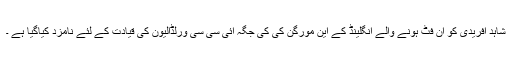
شاہد آفریدی کو ان فٹ ہونے والے انگلینڈ کے این مورگن کی کی جگہ آئی سی سی ورلڈالیون کی قیادت کے لئے نامزد کیاگیا ہے ۔